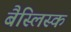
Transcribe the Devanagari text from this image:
बैस्लिस्क